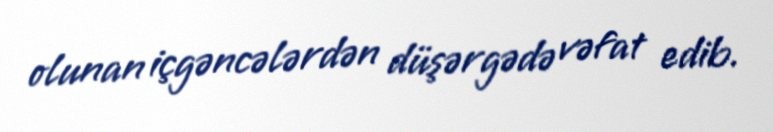
olunan içgəncələrdən düşərgədə vəfat edib.